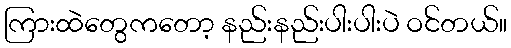
ကြားထဲတွေကတော့ နည်းနည်းပါးပါးပဲ ဝင်တယ်။